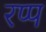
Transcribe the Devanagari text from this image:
रप्प